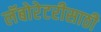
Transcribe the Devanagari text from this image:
लॅबोरेटरीसाठी